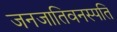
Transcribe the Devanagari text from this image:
जनजातिवनस्पति